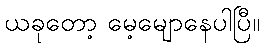
ယခုတော့ မေ့မျောနေပါပြီ။